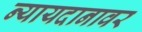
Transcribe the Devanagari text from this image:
न्यायदानावर